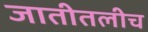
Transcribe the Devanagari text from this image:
जातीतलीच